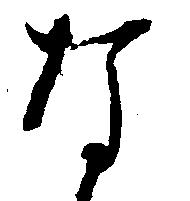
な